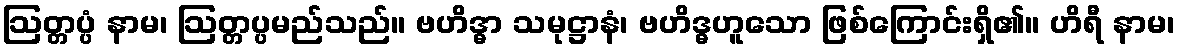
ဩတ္တပ္ပံ နာမ၊ ဩတ္တပ္ပမည်သည်။ ဗဟိဒ္ဓာ သမုဋ္ဌာနံ၊ ဗဟိဒ္ဓဟူသော ဖြစ်ကြောင်းရှိ၏။ ဟိရီ နာမ၊